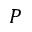
P